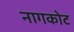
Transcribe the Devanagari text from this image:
नागकोट